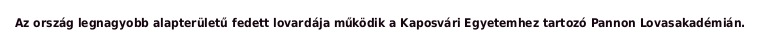
Az ország legnagyobb alapterületű fedett lovardája működik a Kaposvári Egyetemhez tartozó Pannon Lovasakadémián.